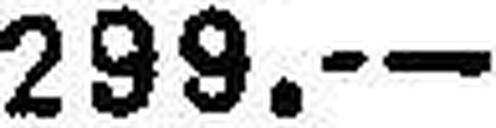
299.—